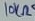
Text: 10KΩ